Assam Mental Hospital (Tezpur, India) - 1933-1948
Year: 1933
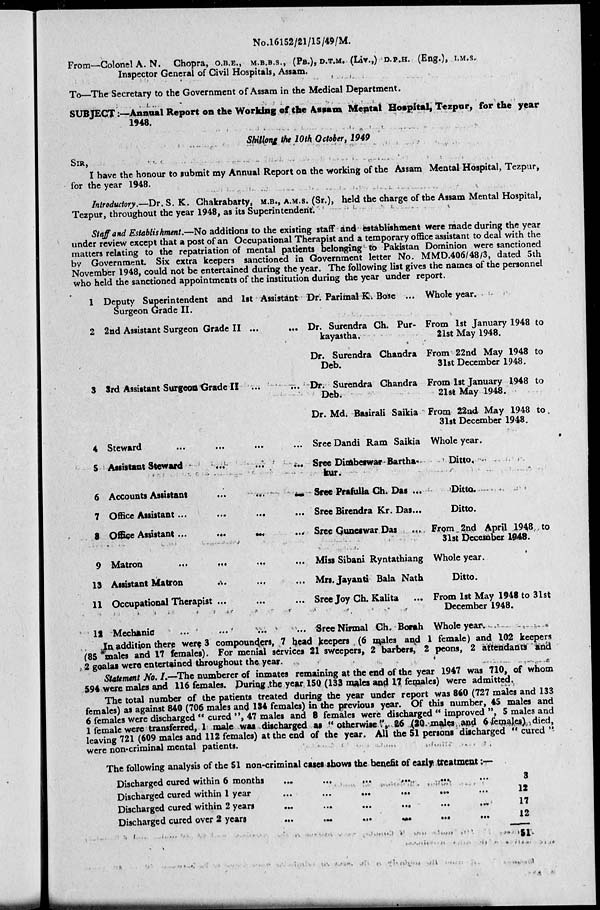
No.16152/21/15/49/M.
From—Colonel A. N. Chopra, O.B.E., M.B.B.S., (PB.), D.T.M. (Liv.,) D.P.H. (Eng.), I.M.S.
Inspector General of Civil Hospitals, Assam.
To—The Secretary to the Government of Assam in the Medical Department.
SUBJECT:—Annual Report on the Working of the Assam Mental Hospital, Tezpur, for the year
1948.
Shillong the 10th October, 1949
SIR,
I have the honour to submit my Annual Report on the working of the Assam Mental Hospital, Tezpur,
for the year 1948.
Introductory.—Dr. S. K. Chakrabarty, M.B., A.M.S. (Sr.), held the charge of the Assam Mental Hospital,
Tezpur, throughout the year 1948, as its Superintendent.
Staff and Establishment.—No additions to the existing staff and establishment were made during the year
under review except that a post of an Occupational Therapist and a temporary office assistant to deal with the
matters relating to the repatriation of mental patients belonging to Pakistan Dominion were sanctioned
by Government. Six extra keepers sanctioned in Government letter No. MMD.406/48/3, dated 5th
November 1948, could not be entertained during the year. The following list gives the names of the personnel
who held the sanctioned appointments of the institution during the year under report.
1 Deputy Superintendent and 1st Assistant
Surgeon Grade II.
2 2nd Assistant Surgeon Grade II ... ...
3 3rd Assistant Surgeon Grade II ... ...
4
Steward
...
...
...
...
5 Assistant Steward ... ... ...
6 Accounts Assistant
...
...
...
7 Office Assistant ... ... ... ...
8 Office Assistant...
...
...
...
9 Matron
...
...
...
...
13 Assistant Matron ... ... ...
11 Occupational Therapist ... ... ...
12 Mechanic ... ... ... ...
Dr. Parimal K. Bose ...
Dr. Surendra Ch. Pur¬
kayastha.
Dr. Surendra Chandra
Deb.
Dr. Surendra Chandra
Deb.
Dr. Md. Basirali Saikia
Sree Dandi Ram Saikia
Sree Dimbeswar Bartha¬
kur.
Sree Prafulla Ch. Das ...
Sree Birendra Kr. Das...
Sree Guneswar Das ...
Miss Sibani Ryntathiang
Mrs. Jayanti Bala Nath
Sree Joy Ch. Kalita ...
Sree Nirmal Ch. Borah
Whole year.
From 1st January 1948 to
21st May 1948.
From 22nd May 1948 to
31st December 1948.
From 1st January 1948 to
21st May 1948.
From 22nd May 1948 to.
31st December 1948.
Whole year.
Ditto.
Ditto.
Ditto.
From 2nd April 1948 to
31st December 1948.
Whole year.
Ditto.
From 1st May 1948 to 31st
December 1948.
Whole year.
In addition there were 3 compounders, 7 head keepers (6 males and 1 female) and 102 keepers
(85 males and 1? females). For menial services 21 sweepers, 2 barbers, 2 peons, 2 attendants and
2 goalas were entertained throughout the year.
Statement No. I.—The numberer of inmates remaining at the end of the year 1947 was 710, of whom
$94 were males and 116 females. During the year 150 (133 males and 17 females) were admitted.
The total number of the patients treated during the year under report was 840 (727 males and 133
females) as against 840 (706 males and 134 females) in the previous year. Of this number, 45 males and
6 females were discharged "cured", 47 males and 8 females were discharged " improved ", 5 males and
1 female were transferred, 1 male was discharged as "otherwise", 86 (10 males and 6 females), died,
leaving 721 (609 males and 112 females) at the end of the year. All the 51 persons discharged "cured "
were non-criminal mental patients.
The following analysis of the 51 non-criminal cases shows the benefit of early treatment:—
Discharged cured within 6 months ... ... ... ... ... ...
Discharged cured within 1 year ... ... ... ... ... ...
Discharged cured within 2 years ... ... ... ... ... ...
Discharged cured over 2
years
...
...
... ... ... ...
3
12
17
12
51